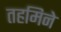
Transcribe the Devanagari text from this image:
तहमिने